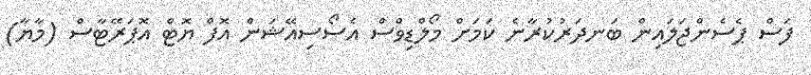
ފަސް ޕެސެންޖަލައިން ބަނދަރުކުރާނެ ކަމަށް މޯލްޑިވްސް އެސޯސިއޭޝަން އޮފް ޔޮޓް އޮޕަރޭޓާސް (މާޔާ)